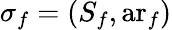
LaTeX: \sigma_{f}=(S_{f},\operatorname{ar}_{f})